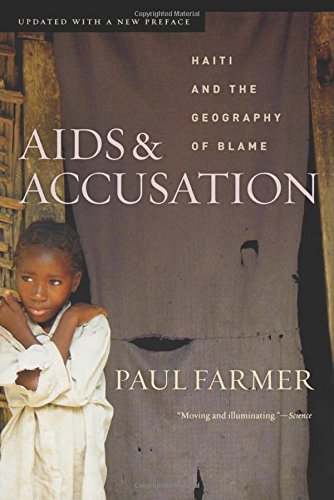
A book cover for AIDS and Accusation: Haiti and the Geography of Blame; Paul Farmer; Politics & Social Sciences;